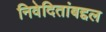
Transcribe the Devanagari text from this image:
निवेदितांबद्दल